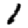
Digit: 1